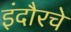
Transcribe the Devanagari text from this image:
इंदौरचे